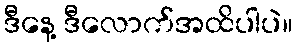
ဒီနေ့ ဒီလောက်အထိပါပဲ။